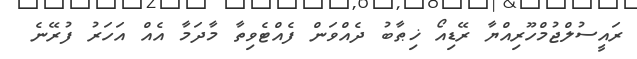
ރައީސުލްޖުމްހޫރިއްޔާ ރޭޑިއޯ ޚިޠާބު ދެއްވަން ފެއްޓެވިތާ މާދަމާ އެއް އަހަރު ފުރޭނެ